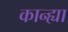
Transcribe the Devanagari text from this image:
कान्ह्या